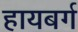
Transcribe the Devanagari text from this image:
हायबर्ग